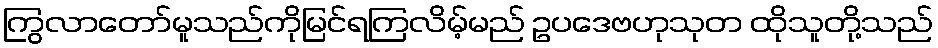
ကြွလာတော်မူသည်ကိုမြင်ရကြလိမ့်မည် ဥပဒေဗဟုသုတ ထိုသူတို့သည်